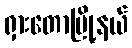
ရှားတောမြို့နယ်